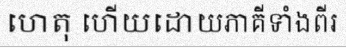
ហេតុ ហើយដោយភាគីទាំងពីរ